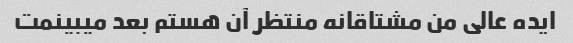
ایده عالی من مشتاقانه منتظر آن هستم بعد میبینمت